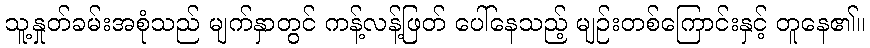
သူ့နှုတ်ခမ်းအစုံသည် မျက်နှာတွင် ကန့်လန့်ဖြတ် ပေါ်နေသည့် မျဉ်းတစ်ကြောင်းနှင့် တူနေ၏။